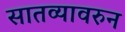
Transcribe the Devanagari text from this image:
सातव्यावरुन